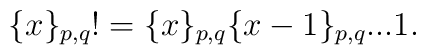
\{x\}_{p,q}!=\{x\}_{p,q}\{x-1\}_{p,q}...1.